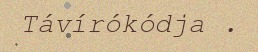
Távírókódja .